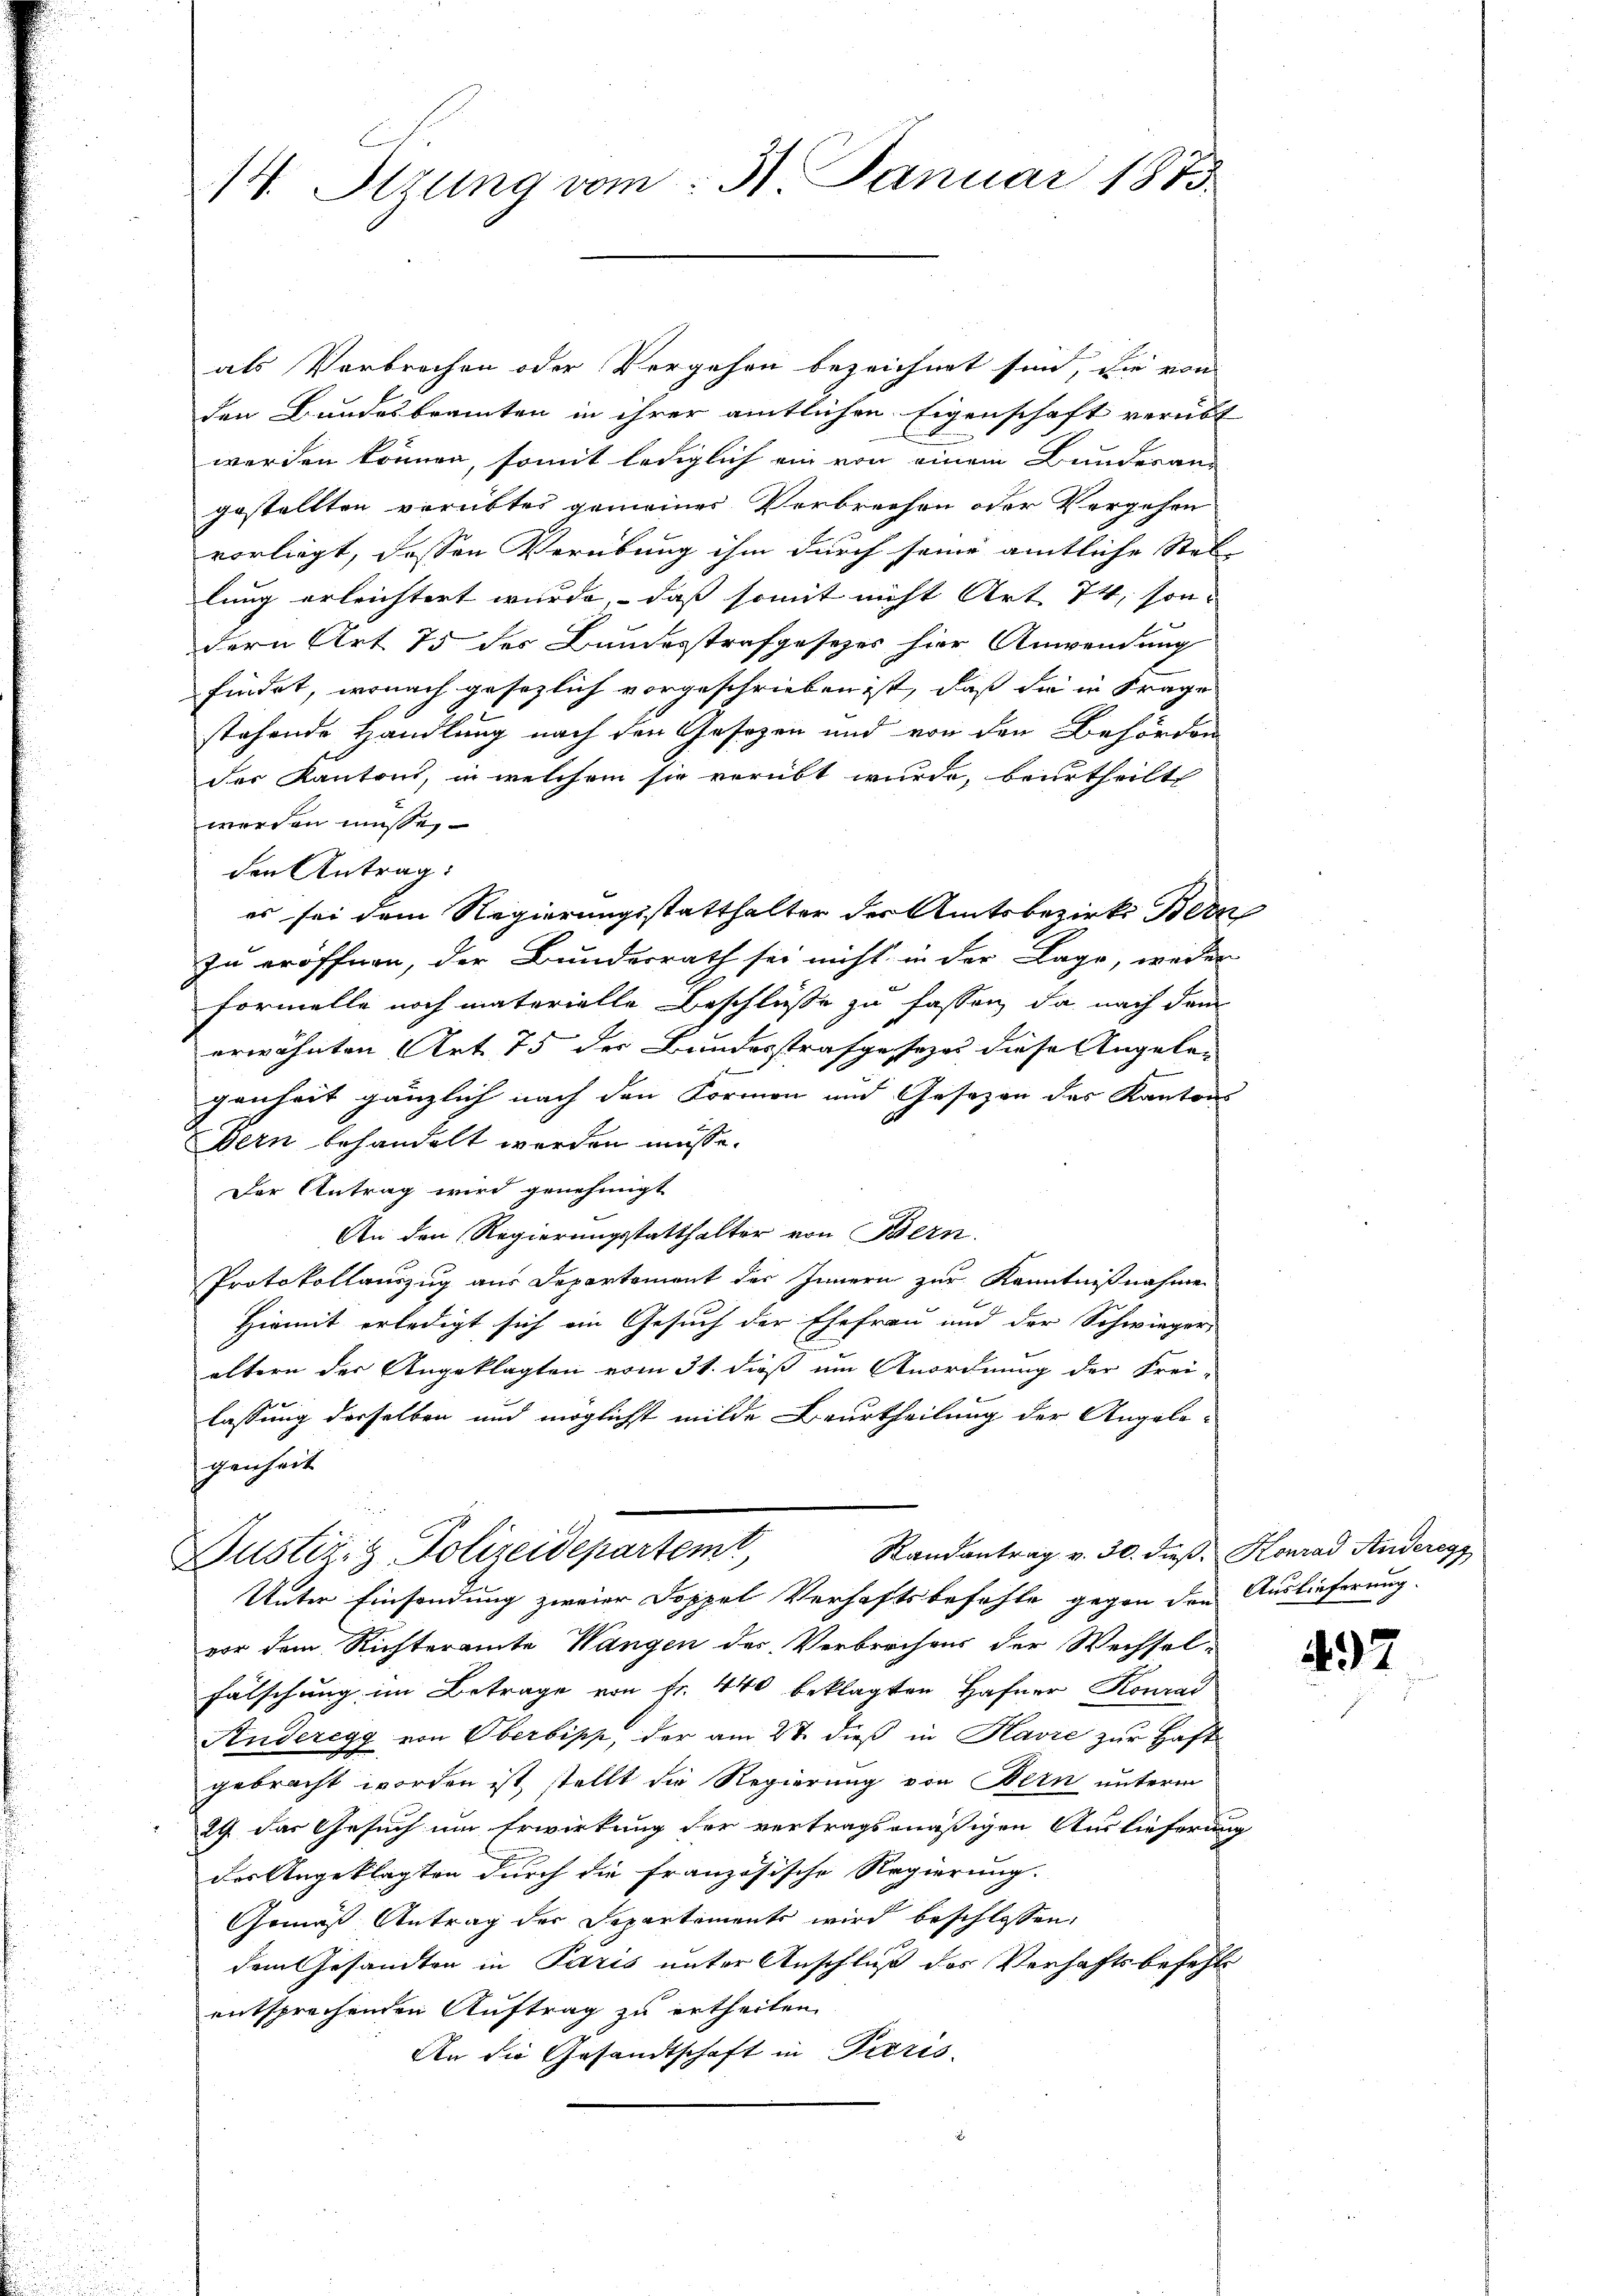
14. Stzung vom 31. Januar 1873

als Verbrechen oder Vergehen bezeichnet sind, die von
den Bundesbeamten in ihrer amtlichen Eigenschaft verübt
werden können, somit lediglich ein von einem Bunderan-
gestellten verübtes gemeiner Verbrechen oder Vergehen
vorliegt, dessen Verübung ihm durch seine amtliche Stel-
lung erleichtert wurde, daß somit nicht Art. 74, son-
dern Art. 75 des Bundesstrafgesetzes hier Anwendung
findet, wonach gesezlich vorgeschrieben ist, daß die in Frage
stehende Handlung nach den Gesetzen und von den Behörden
der Kantons, in welchem sie verübt wurde, beurtheilt
werden müsse,
den Antrag:
es sei dem Regierungsstatthalter der Amtsbezirks Bern
zu eröffnen, der Bundesrath sei nicht in der Lage, weder
Formelle noch materielle Beschlüsse zu fassen, da nach dem
erwähnten Art. 75 der Bundesstrafgesezes diese Angelan
genheit gänzlich nach den Formen und Gesezen des Kantons
ern behandelt werden müsse.
Der Antrag wird genehmigt
An den Regierungsstatthalter von Bern.
Protokollauszug aus Departement des Innern zur Kenntnißnahme
Hiemit erledigt sich ein Gesuch der Ehefrau und der Schwiegeri
ältern der Angeklagten vom 31. dieß um Anordnung der Frei-
lassung derselben und möglicht milde Beurtheilung der Angelegenheit
Randantrag v. 30. dieß, Konrad Andereg
Justiz- & Polizeidepartemt,
Unter Einsendung zweier Doppel Verhaftsbefehle gegen den Auslieferung.
vor dem Richteramte Wangen des Verbrochens der Wechsel-
Fälschung im Betrage von Fr. 440 beklagten Hafner Konrad
Anderegg von Oberbipp, der am 27. dieß in Havre zur Haft
gebracht worden ist, stellt die Regierung von Bern unterm
29 das Gesuch um Erwirkung der vertragsmäßigen Auslieferung
der Angeklagten durch die französische Regierung.
Gemäß Antrag der Departements wird beschlossen:
dem Gesandten in Paris unter Anschluß des Verhaftsbefehlentsprechenden Auftrag zu ertheilen.
An die Gesandtschaft in Paris.
s

2 f
d

u
2

497